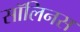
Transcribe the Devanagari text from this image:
सॉलिनस